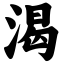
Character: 渴